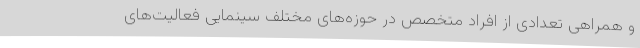
و همراهی تعدادی از افراد متخصص در حوزه‌‌های مختلف سینمایی فعالیت‌های